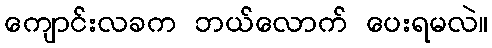
ကျောင်းလခက ဘယ်လောက် ပေးရမလဲ။